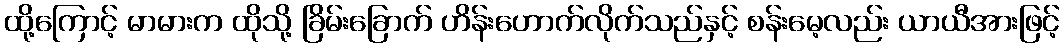
ထို့ကြောင့် မာမားက ထိုသို့ ခြိမ်းခြောက် ဟိန်းဟောက်လိုက်သည်နှင့် စန်းမေ့လည်း ယာယီအားဖြင့်